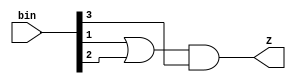
module CmpGreat9(bin, Z);
input [3:0] bin; // four bit input b0 b1 b2 b3 
output        Z;

wire w;

or  U1(w, bin[1], bin[2]);
and U2(Z, w, bin[3]);

endmodule